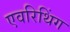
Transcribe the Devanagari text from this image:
एवरिथिंग